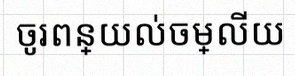
ចូរពន្យល់ចម្លើយ